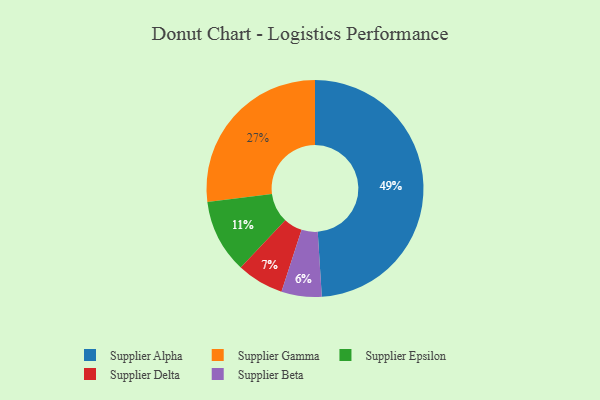
{"axis": {"x": "Category", "y": "Percentage"}, "legend": ["Supplier Alpha", "Supplier Beta", "Supplier Delta", "Supplier Epsilon", "Supplier Gamma"], "data": [{"x": "Supplier Alpha", "y": 49, "type": "Supplier Alpha"}, {"x": "Supplier Gamma", "y": 27, "type": "Supplier Gamma"}, {"x": "Supplier Epsilon", "y": 11, "type": "Supplier Epsilon"}, {"x": "Supplier Beta", "y": 6, "type": "Supplier Beta"}, {"x": "Supplier Delta", "y": 7, "type": "Supplier Delta"}]}